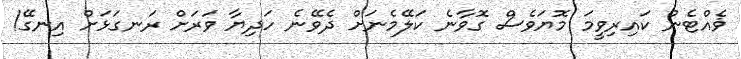
ޥެއްޓެން ކައިރިވީމަ މޮޔަވެސް ގޮވާނެ ކަލޭމެނަށް ދެވޭނެ ހަދިޔާ ވަރަށް ރަނގަޅަށް އިނގޭ!